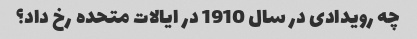
چه رویدادی در سال 1910 در ایالات متحده رخ داد؟